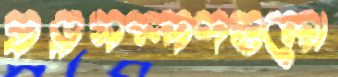
প্রত্নসম্পদগুলো